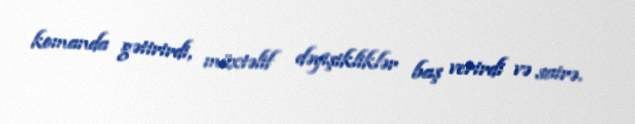
komanda gətirirdi, müxtəlif dəyişikliklər baş verirdi və sairə.